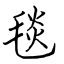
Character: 毯